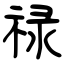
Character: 禄